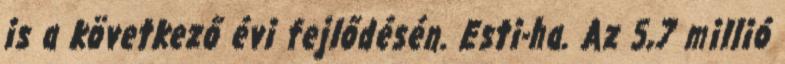
is a következő évi fejlődésén. Esti-ha. Az 5,7 millió